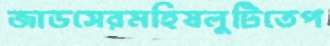
জাডসেরমহিষলুটিতেপ